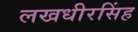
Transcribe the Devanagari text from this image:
लखधीरसिंह